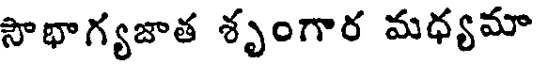
సౌభాగ్యజాత శృంగార మధ్యమా